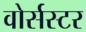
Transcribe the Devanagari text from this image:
वोर्सस्टर